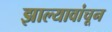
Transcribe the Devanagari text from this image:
झाल्यावांचून